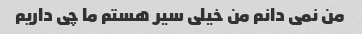
من نمی دانم من خیلی سیر هستم ما چی داریم